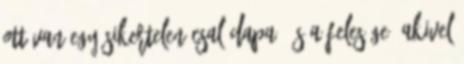
ott van egy sikertelen családapa, és a felesége, akivel